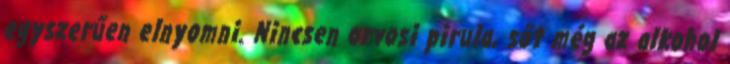
egyszerűen elnyomni. Nincsen orvosi pirula, sőt még az alkohol